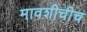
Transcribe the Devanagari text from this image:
मावशीचीच